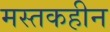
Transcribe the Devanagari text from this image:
मस्तकहीन